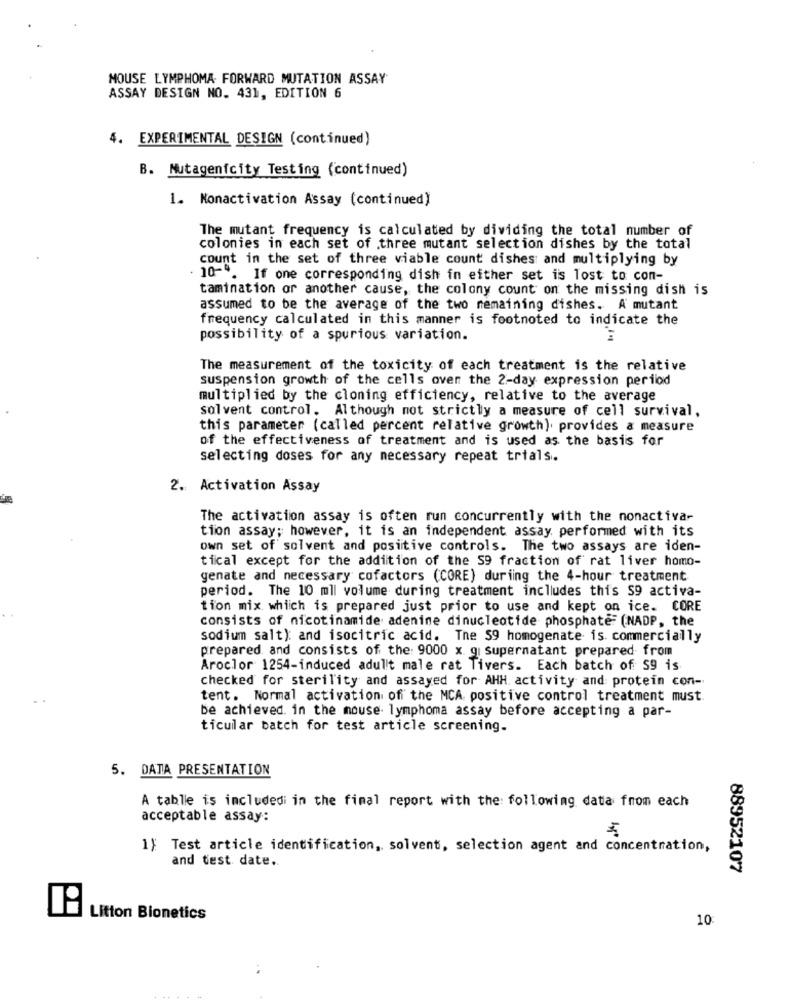
MOUSE LYMPHOMA FORWARD MUTATION ASSAY
ASSAY DESIGN NO. 431, EDITION 6
4. EXPERIMENTAL DESIGN (continued)
B. Nutagenfcity Testing (continued)
1. Nonactivation Assay (continued)
The mutant frequency is calculated by dividing the total number of
colonies in each set of three mutant selection dishes by the total
count in the set of three viable count dishes and multiplying by
· 10 -. If one corresponding dish in either set is lost to con-
tamination or another cause, the colony count on the missing dish is
assumed to be the average of the two remaining dishes. A mutant
frequency calculated in this manner is footnoted to indicate the
possibility of a spurious variation.
The measurement of the toxicity of each treatment is the relative
suspension growth of the cells over the 2-day expression perilod
multiplied by the cloning efficiency, relative to the average
solvent control. Although not strictly a measure of cell survival,
this parameter (called percent relative growth), provides a measure
of the effectiveness of treatment and is used as the basis for
selecting doses for any necessary repeat trials.
2. Activation Assay
The activation assay is often run concurrently with the nonactiva-
tion assay; however, it is an independent assay performed with its
own set of solvent and positive controls. The two assays are iden-
tical except for the addition of the S9 fraction of rat liver homo-
genate and necessary cofactors (CORE) during the 4-hour treatment
period. The 10 mll volume during treatment includes this S9 activa-
tion mix which is prepared just prior to use and kept on ice. CORE
consists of nicotinamide adenine dinucleotide phosphate= (NADP, the
sodium salt): and isocitric acid. The 59 homogenate is. commercially
prepared and consists of the: 9000 x gi supernatant prepared from
Aroclor 1254-induced adult male rat Tivers. Each batch of 59 is
checked for sterility and assayed for AHH activity and protein con-
tent. Normal activation of the MCA positive control treatment must
be achieved. in the mouse lymphoma assay before accepting a par-
ticular batch for test article screening.
5. DATA PRESENTATION
A table is includedi in the final report with the following data from each
acceptable assay:
1}: Test article identification, solvent, selection agent and concentration,
and test date.
88952107
Litton Bionetics
10